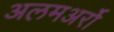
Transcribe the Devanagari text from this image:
अलमअर्रो